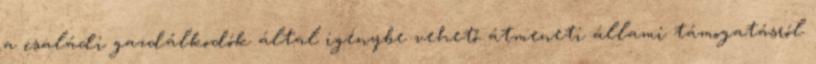
a családi gazdálkodók által igénybe vehető átmeneti állami támogatásról